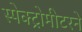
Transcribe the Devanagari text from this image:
स्पेक्ट्रोमीटरने